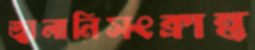
জ্বালানিসংক্রান্ত